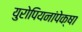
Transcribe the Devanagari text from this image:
युरोपियनांपेक्षा